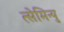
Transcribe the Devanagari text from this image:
त्सेमिन्यु